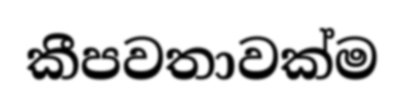
කීපවතාවක්ම